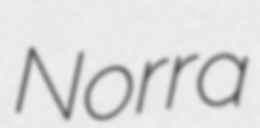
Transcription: Norra